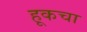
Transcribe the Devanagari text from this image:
हूकचा